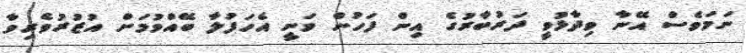
ނަމަވެސް އޭނާ ވިދާޅުވީ ދަރުބާރުގެ އިން ފަހުން ވަނީ އެހަފުލާ ބޭއްވުމަށް އުޒުރުވެރިވާ